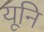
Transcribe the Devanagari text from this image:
यूनि